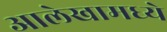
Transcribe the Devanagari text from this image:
आलेखामध्ये